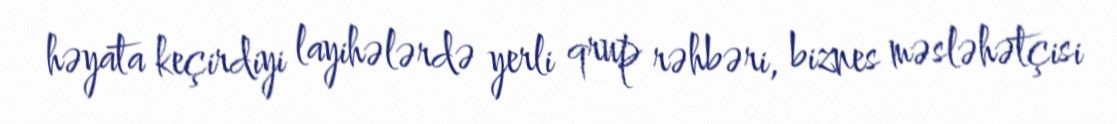
həyata keçirdiyi layihələrdə yerli qrup rəhbəri, biznes məsləhətçisi